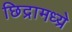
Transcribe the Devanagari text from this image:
छिद्रामध्य्रे